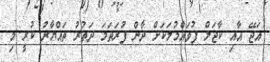
އަޖޭ އާއި ކާޖަލް ފުވައްމުލަކަށް ދާން ފުރަތަމަ ދަތުރު ތައްޔާރު ކުރީ މި